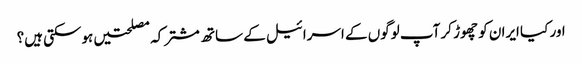
اور کیا ایران کو چھوڑ کر آپ لوگوں کے اسرائیل کے ساتھ مشترکہ مصلحتیں ہوسکتی ہیں؟